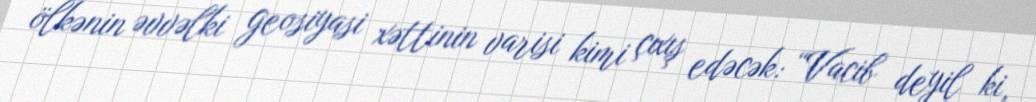
ölkənin əvvəlki geosiyasi xəttinin varisi kimi çıxış edəcək: “Vacib deyil ki,